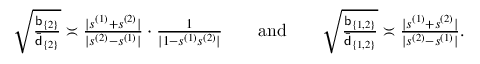
\begin{array} { r } { \sqrt { \frac { \mathsf { b } _ { \{ 2 \} } } { \bar { \mathsf { d } } _ { \{ 2 \} } } } \asymp \frac { | s ^ { ( 1 ) } + s ^ { ( 2 ) } | } { | s ^ { ( 2 ) } - s ^ { ( 1 ) } | } \cdot \frac { 1 } { | 1 - s ^ { ( 1 ) } s ^ { ( 2 ) } | } ~ ~ ~ ~ ~ ~ \mathrm { a n d } ~ ~ ~ ~ ~ ~ \sqrt { \frac { \mathsf { b } _ { \{ 1 , 2 \} } } { \bar { \mathsf { d } } _ { \{ 1 , 2 \} } } } \asymp \frac { | s ^ { ( 1 ) } + s ^ { ( 2 ) } | } { | s ^ { ( 2 ) } - s ^ { ( 1 ) } | } . } \end{array}